Leningradi_Edasi_toimetus, lk 17
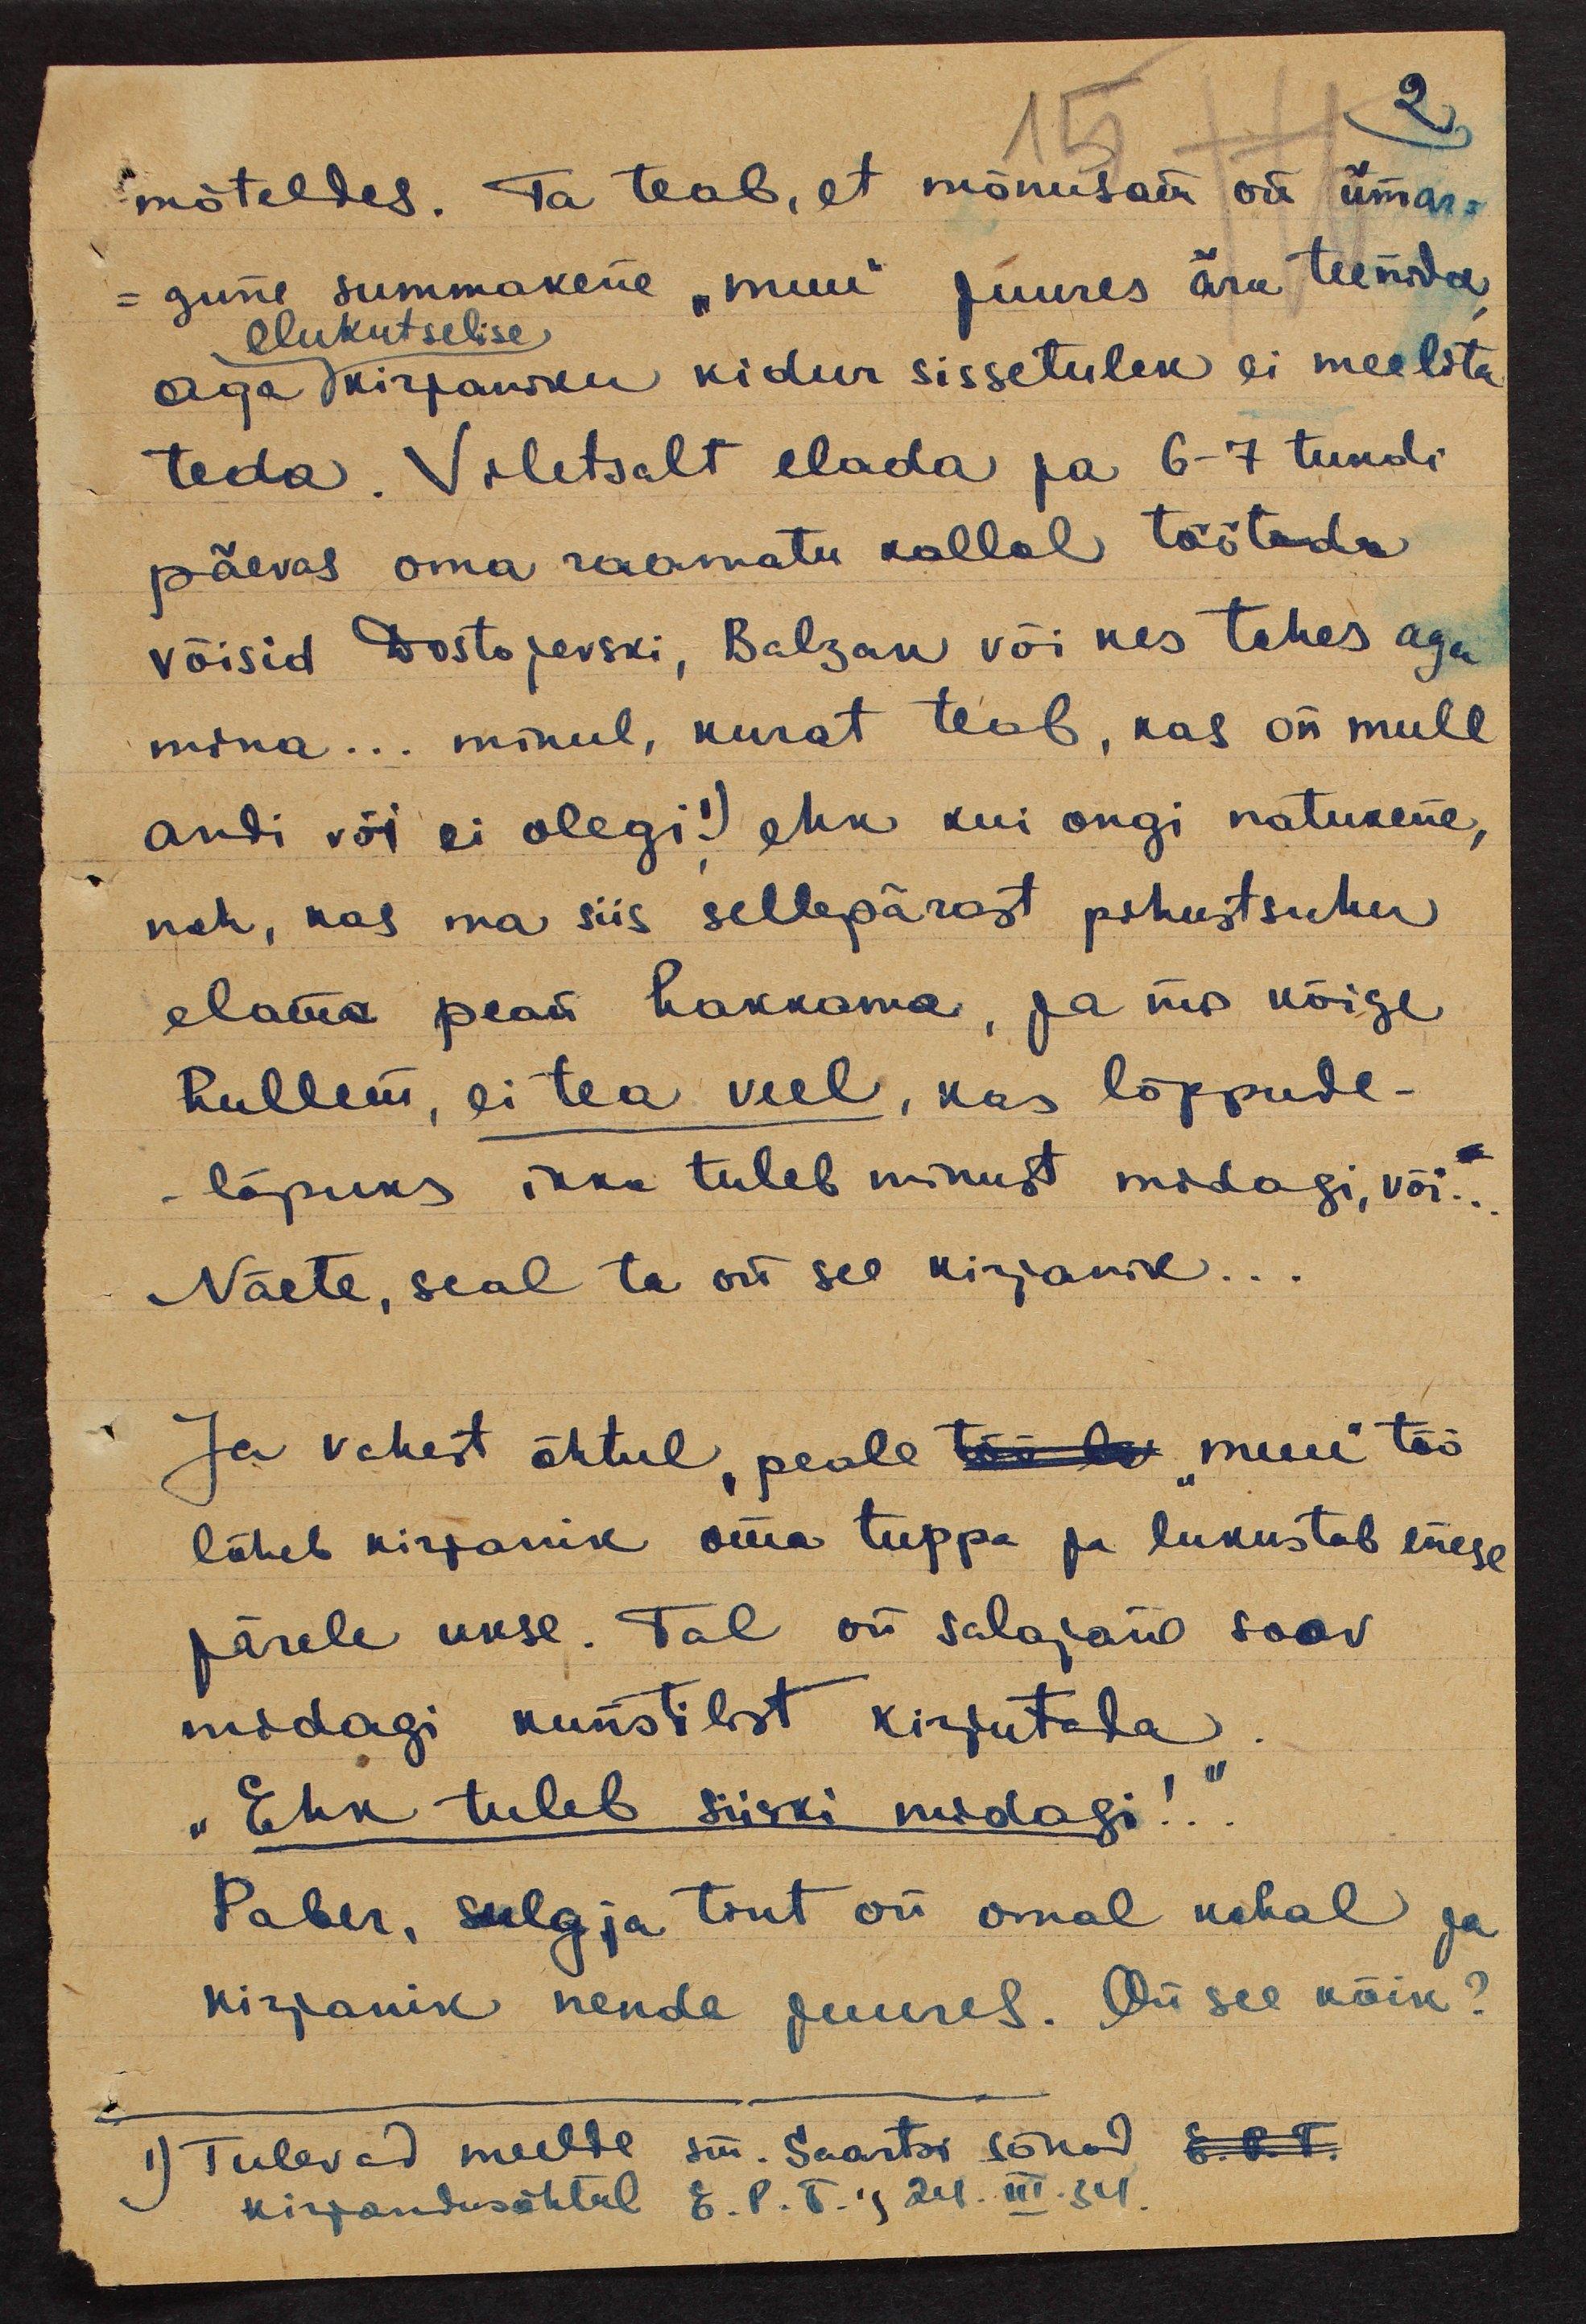
mõteldes. Ta teab, et mõnusam on ümar-
- gune summakene "muu" juures ära teenida
elukutselise
aga kirjaniku kidur sissetulek ei meelita
teda. Viletsalt elada ja 6-7 tundi
päevas oma raamatu kallal töötada
võisid Dostojevski, Balzak või kes tahes aga
mina... minul, kurat teab, kas on mull
andi või ei olegi! ehk kui ongi natukene,
neh, kas ma siis sellepärast pihustsuhu
elama pean hakkama, ja mis kõige
hullem, ei tea veel, kas lõppude-
-lõpuks ikka tuleb minust midagi, või...
Näete, seal ta on see kirjanik...
Ja vahest õhtul, peale töö lv "muu" töö
läheb kirjanik oma tuppa ja lukustab enese
järele ukse. Tal on salajane soov
midagi kunstilist kirjutada
"Ehk tuleb siiski midagi!..".
Paber, sulg ja tint on omal kohal ja
kirjanik nende juures. On see kõik?
1) Tulevad meelde sm. Saartsi sõnad E.R.T.
kirjandusõhtul E.P.T.,24.III.34.